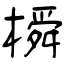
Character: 橓